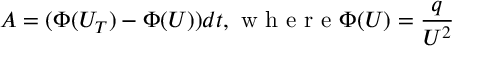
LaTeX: A = ( \Phi ( U _ { T } ) - \Phi ( U ) ) d t , \textrm { w h e r e } \Phi ( U ) = \frac { q } { U ^ { 2 } }